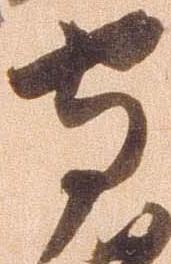
守